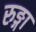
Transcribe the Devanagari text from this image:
रुङ्गा